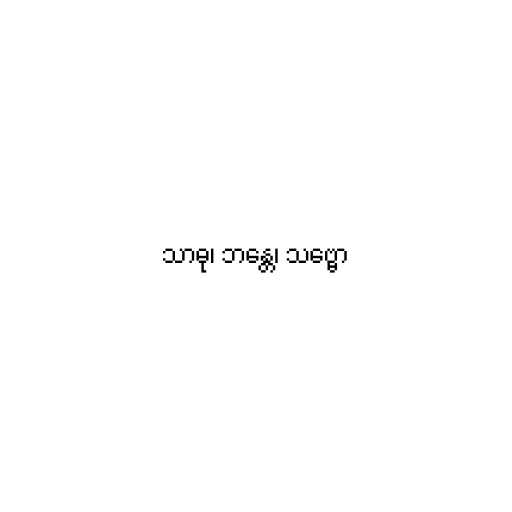
သာဓု၊ ဘန္တေ၊ သဗ္ဗော